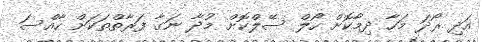
އަދި ރޯދަ މަހާ ދިމާކޮށް ހޯލް ސޭލްކޮށް މުދާ ނަގާ ފަރާތްތަކަށް ހާއްސަ